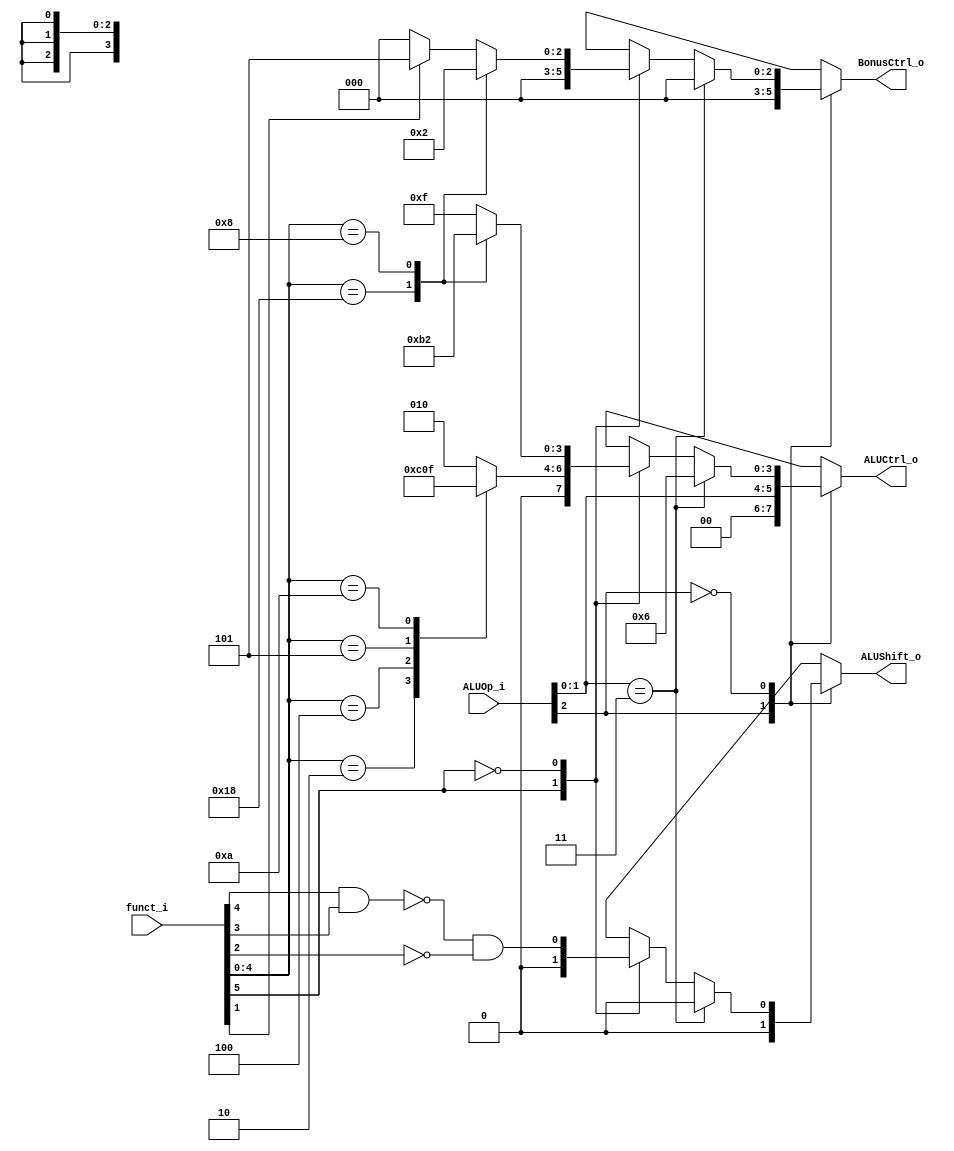
// 0610780

//Subject:     CO project 2 - ALU Controller
//--------------------------------------------------------------------------------
//Version:     1
//--------------------------------------------------------------------------------
//Writer:
//----------------------------------------------
//Date:
//----------------------------------------------
//Description:
//--------------------------------------------------------------------------------

module ALU_Ctrl(
          funct_i,
          ALUOp_i,
          ALUCtrl_o,
          BonusCtrl_o,
          ALUShift_o
          );

//I/O ports
input      [6-1:0] funct_i;
input      [3-1:0] ALUOp_i;

output     [4-1:0] ALUCtrl_o;
output     [3-1:0] BonusCtrl_o;
output             ALUShift_o;

//Internal Signals
reg        [4-1:0] ALUCtrl_o;
reg        [3-1:0] BonusCtrl_o;
reg                ALUShift_o;

//Parameter

//Select exact operation
always @ ( * ) begin
    case(ALUOp_i[2])
        1'b1: begin
            ALUCtrl_o   <= { 2'b00, ALUOp_i[1:0] };
            BonusCtrl_o <= 3'b000;
            ALUShift_o  <= 0;
        end
        1'b0: begin
            case(ALUOp_i[1:0])
                2'b11: begin
                    ALUCtrl_o   <= 4'b0110;
                    BonusCtrl_o <= 3'b000;
                    ALUShift_o  <= 0;
                end
                default: begin
                    case(funct_i[5])
                        1'b1: begin
                            case(funct_i[4:0])
                                5'b00010: ALUCtrl_o <= 4'b0110;
                                5'b00100: ALUCtrl_o <= 4'b0000;
                                5'b00101: ALUCtrl_o <= 4'b0001;
                                5'b01010: ALUCtrl_o <= 4'b0111;
                                default: ALUCtrl_o  <= 4'b0010;
                            endcase
                            BonusCtrl_o <= 3'b000;
                            ALUShift_o  <= 1'b0;
                        end
                        1'b0: begin
                            case(funct_i[4:0])
                                5'b11000: begin
                                    ALUCtrl_o   <= 4'b1011;
                                    BonusCtrl_o <= 3'b000;
                                end
                                5'b01000: begin
                                    ALUCtrl_o   <= 4'b0010;
                                    BonusCtrl_o <= 3'b010;
                                end
                                default: begin
                                    ALUCtrl_o   <= 4'b1111;
                                    BonusCtrl_o <= funct_i[1] ==1'b1 ? 3'b101 : 3'b000;
                                end
                            endcase
                            ALUShift_o <= ~(funct_i[4] & funct_i[3]) & ~funct_i[2];
                        end
                    endcase
                end
            endcase
        end
    endcase
end

endmodule